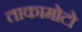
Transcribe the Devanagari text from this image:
ताकामोटो